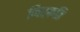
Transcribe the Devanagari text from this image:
निर्कति